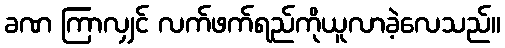
ခဏ ကြာလျှင် လက်ဖက်ရည်ကိုယူလာခဲ့လေသည်။